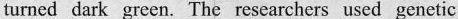
turned dark green. The researchers used genetic